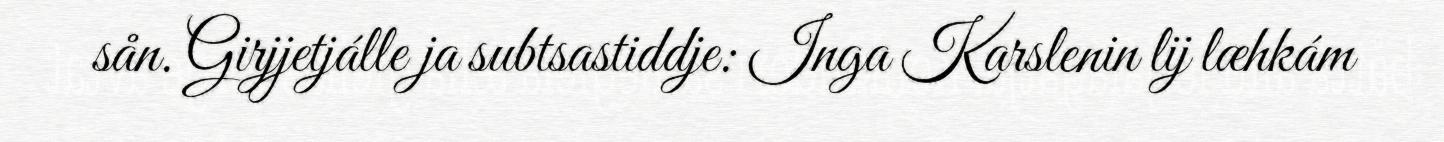
sån. Girjjetjálle ja subtsastiddje: Inga Karslenin lij læhkám